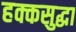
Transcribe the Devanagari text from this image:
हक्कसुद्धा